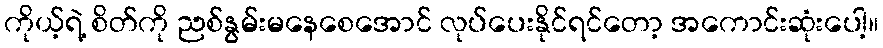
ကိုယ့်ရဲ့ စိတ်ကို ညစ်နွမ်းမနေစေအောင် လုပ်ပေးနိုင်ရင်တော့ အကောင်းဆုံးပေါ့။